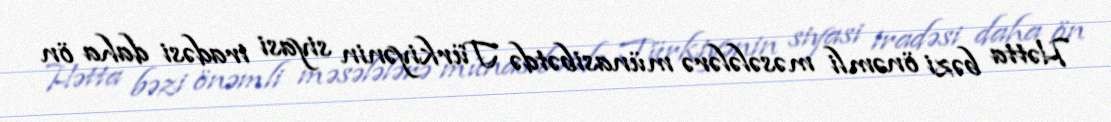
Hətta bəzi önəmli məsələlərə münasibətdə Türkiyənin siyasi iradəsi daha ön